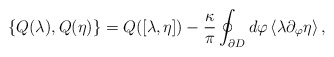
\begin{align*}\{Q(\lambda), Q (\eta) \} =Q([\lambda, \eta])-\frac{\kappa}{\pi} \oint_{\partial {D}} d \varphi \left< \lambda \partial_{\varphi} \eta \right>,\end{align*}